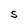
Character: S